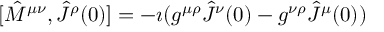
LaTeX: [ { \hat { M } } ^ { \mu \nu } , { \hat { J } } ^ { \rho } ( 0 ) ] = - \imath ( g ^ { \mu \rho } { \hat { J } } ^ { \nu } ( 0 ) - g ^ { \nu \rho } { \hat { J } } ^ { \mu } ( 0 ) )